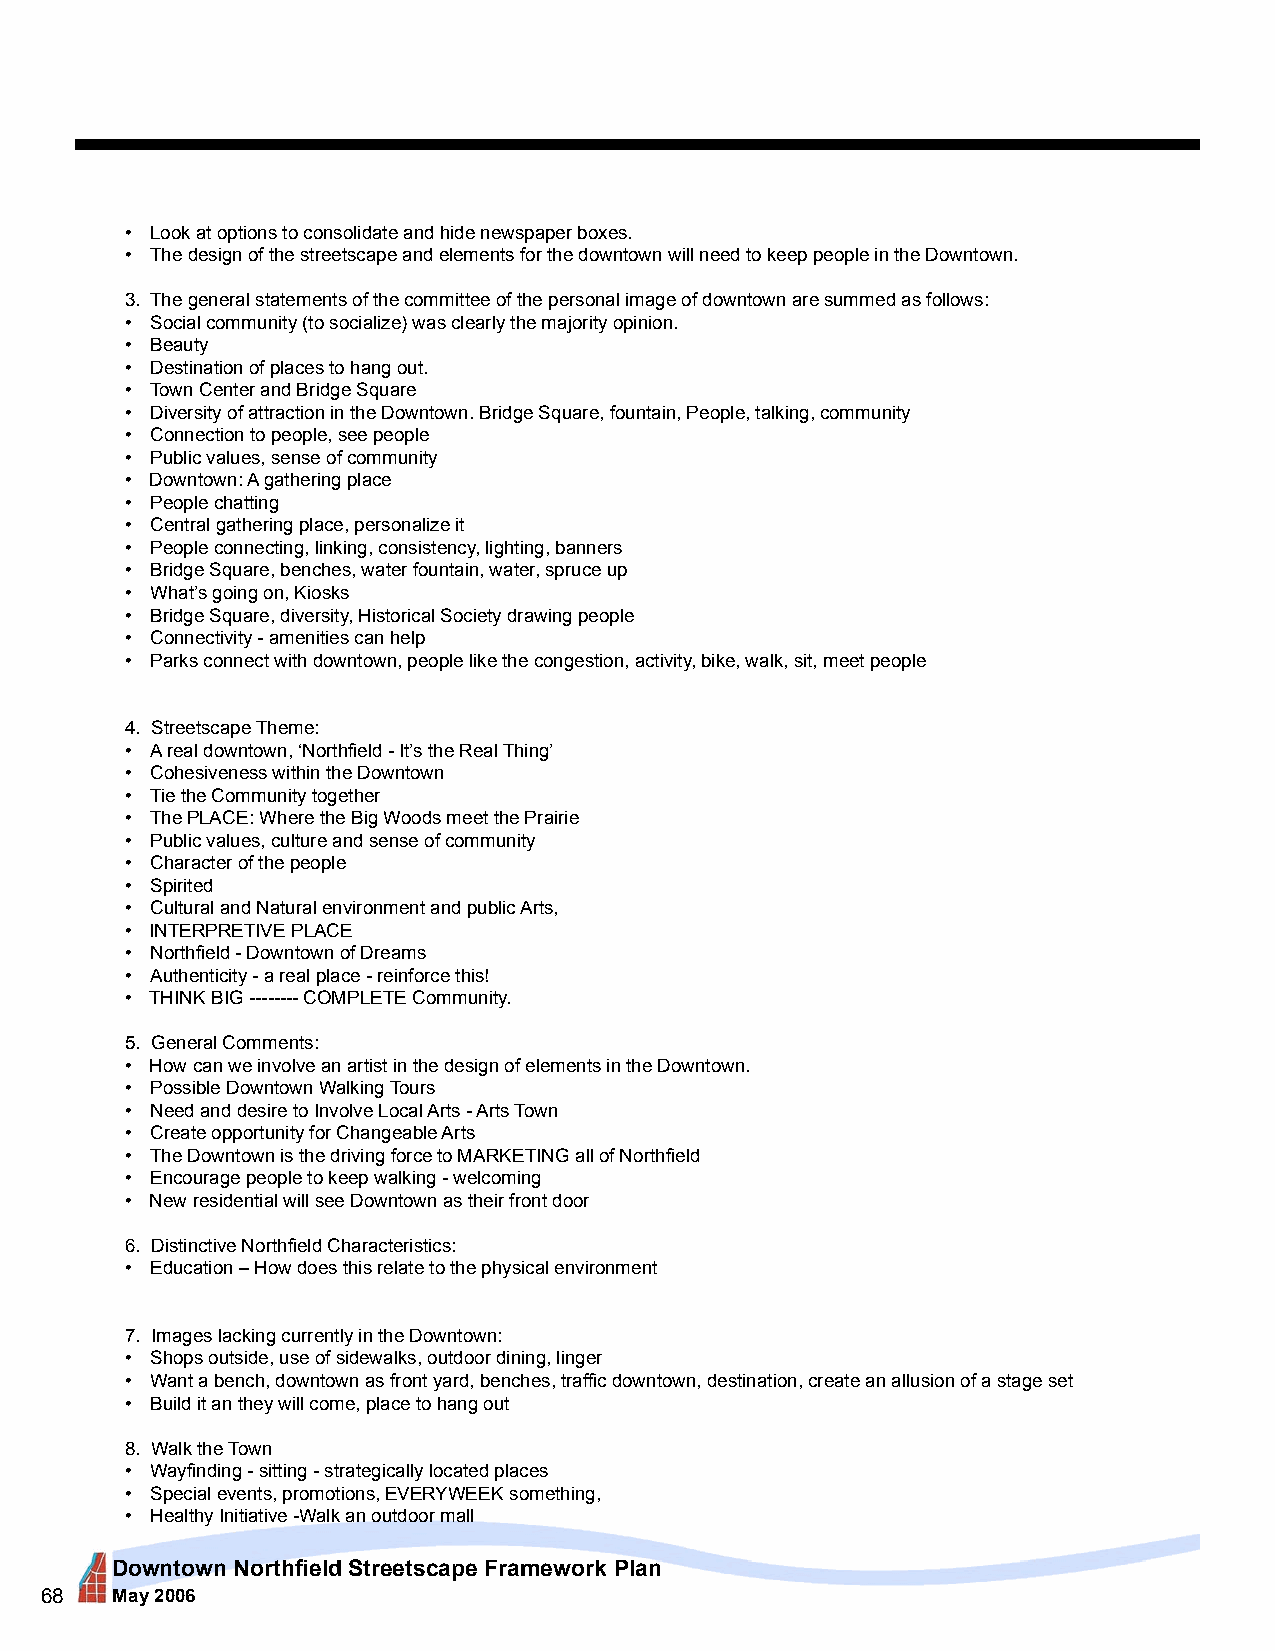
• Look at options to consolidate and hide newspaper boxes.
 • The design of the streetscape and elements for the downtown will need to keep people in the Downtown.
 3. The general statements of the committee of the personal image of downtown are summed as follows:
 • Social community (to socialize) was clearly the majority opinion.
 • Beauty
 • Destination of places to hang out.
 • Town Center and Bridge Square
 • Diversity of attraction in the Downtown. Bridge Square, fountain, People, talking, community
 • Connection to people, see people
 • Public values, sense of community
 • Downtown: A gathering place
 • People chatting
 • Central gathering place, personalize it
 • People connecting, linking, consistency, lighting, banners
 • Bridge Square, benches, water fountain, water, spruce up
 • What’s going on, Kiosks
 • Bridge Square, diversity, Historical Society drawing people
 • Connectivity - amenities can help
 • Parks connect with downtown, people like the congestion, activity, bike, walk, sit, meet people
 4. Streetscape Theme:
 • A real downtown, ‘Northfield - It’s the Real Thing’
 • Cohesiveness within the Downtown
 • Tie the Community together
 • The PLACE: Where the Big Woods meet the Prairie
 • Public values, culture and sense of community
 • Character of the people
 • Spirited
 • Cultural and Natural environment and public Arts,
 • INTERPRETIVE PLACE
 • Northfield - Downtown of Dreams
 • Authenticity - a real place - reinforce this!
 • THINK BIG -------- COMPLETE Community.
 5. General Comments:
 • How can we involve an artist in the design of elements in the Downtown.
 • Possible Downtown Walking Tours
 • Need and desire to Involve Local Arts - Arts Town
 • Create opportunity for Changeable Arts
 • The Downtown is the driving force to MARKETING all of Northfield
 • Encourage people to keep walking - welcoming
 • New residential will see Downtown as their front door
 6. Distinctive Northfield Characteristics:
 • Education – How does this relate to the physical environment
 7. Images lacking currently in the Downtown:
 • Shops outside, use of sidewalks, outdoor dining, linger
 • Want a bench, downtown as front yard, benches, traffic downtown, destination, create an allusion of a stage set
 • Build it an they will come, place to hang out
 8. Walk the Town
 • Wayfinding - sitting - strategically located places
 • Special events, promotions, EVERYWEEK something,
 • Healthy Initiative -Walk an outdoor mall
 Downtown Northfield Streetscape Framework Plan
 68  May 2006